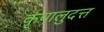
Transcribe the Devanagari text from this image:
कृपालुदत्त